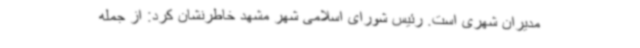
مدیران شهری است. رئیس شورای اسلامی شهر مشهد خاطرنشان کرد: از جمله